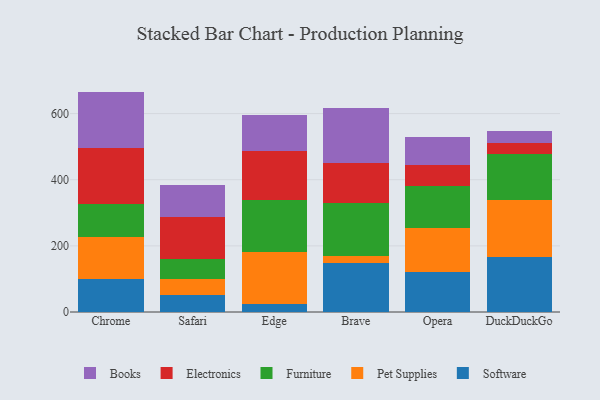
{"axis": {"x": "Browser", "y": "Active Users"}, "legend": ["Books", "Electronics", "Furniture", "Pet Supplies", "Software"], "data": [{"x": "Chrome", "y": 100.7, "type": "Software"}, {"x": "Chrome", "y": 125.0, "type": "Pet Supplies"}, {"x": "Chrome", "y": 102.2, "type": "Furniture"}, {"x": "Chrome", "y": 167.9, "type": "Electronics"}, {"x": "Chrome", "y": 170.7, "type": "Books"}, {"x": "Safari", "y": 50.8, "type": "Software"}, {"x": "Safari", "y": 50.1, "type": "Pet Supplies"}, {"x": "Safari", "y": 58.0, "type": "Furniture"}, {"x": "Safari", "y": 128.8, "type": "Electronics"}, {"x": "Safari", "y": 95.3, "type": "Books"}, {"x": "Edge", "y": 24.1, "type": "Software"}, {"x": "Edge", "y": 158.0, "type": "Pet Supplies"}, {"x": "Edge", "y": 155.6, "type": "Furniture"}, {"x": "Edge", "y": 149.1, "type": "Electronics"}, {"x": "Edge", "y": 108.1, "type": "Books"}, {"x": "Brave", "y": 146.7, "type": "Software"}, {"x": "Brave", "y": 21.3, "type": "Pet Supplies"}, {"x": "Brave", "y": 161.3, "type": "Furniture"}, {"x": "Brave", "y": 122.7, "type": "Electronics"}, {"x": "Brave", "y": 164.5, "type": "Books"}, {"x": "Opera", "y": 121.7, "type": "Software"}, {"x": "Opera", "y": 131.9, "type": "Pet Supplies"}, {"x": "Opera", "y": 128.4, "type": "Furniture"}, {"x": "Opera", "y": 62.2, "type": "Electronics"}, {"x": "Opera", "y": 84.4, "type": "Books"}, {"x": "DuckDuckGo", "y": 165.9, "type": "Software"}, {"x": "DuckDuckGo", "y": 171.8, "type": "Pet Supplies"}, {"x": "DuckDuckGo", "y": 140.1, "type": "Furniture"}, {"x": "DuckDuckGo", "y": 34.2, "type": "Electronics"}, {"x": "DuckDuckGo", "y": 34.3, "type": "Books"}]}